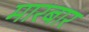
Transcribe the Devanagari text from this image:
मारबार